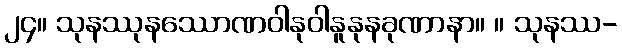
၂၄။ သုနဿုနဿောဏဝါနုဝါနူနုနခုဏာနာ။ ။ သုနဿ-